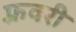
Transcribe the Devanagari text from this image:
फ़्रवरी